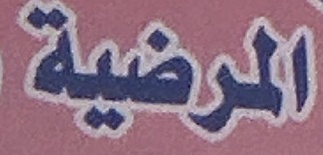
المرضیة